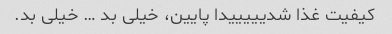
کیفیت غذا شدیییییدا پایین، خیلی بد … خیلی بد.